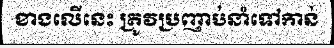
ខាងលើនេះ ត្រូវប្រញាប់នាំទៅកាន់